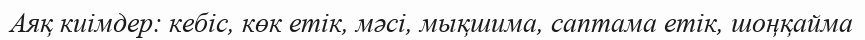
Аяқ киімдер: кебіс, көк етік, мәсі, мықшима, саптама етік, шоңқайма